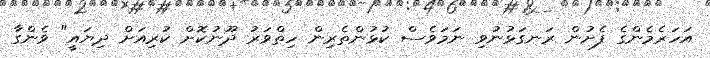
އަހަރެމެންގެ ފެށުން ރަނގަޅުނުވި ނަމަވެސް ކުޅުންތެރިން ހިތްވަރު ދޫނުކޮށް ކުރިއަށް ދިޔައީ" ވެންގާ